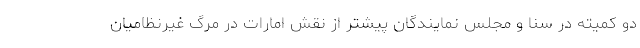
دو کمیته در سنا و مجلس نمایندگان پیشتر از نقش امارات در مرگ غیرنظامیان